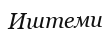
Иштеми